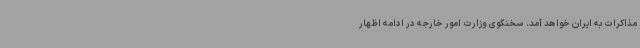
مذاکرات به ایران خواهد آمد. سخنگوی وزارت امور خارجه در ادامه اظهار